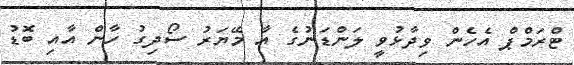
ޓްރަމްޕް އެހެން ވިދާޅުވީ ލަންޑަނުގެ އާ މޭޔަރު ސޯދިގު ހާން އާއި ބޮޑު